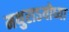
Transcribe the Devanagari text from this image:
मथुराऽयोध्या